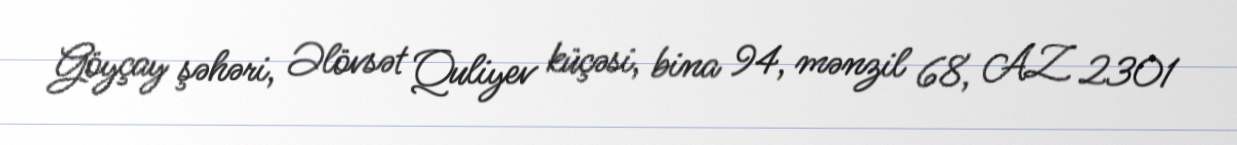
Göyçay şəhəri, Əlövsət Quliyev küçəsi, bina 94, mənzil 68, AZ 2301